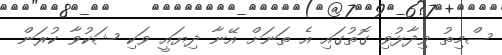
ސްމިތު ވިދާޅުވި ގޮތުގައި އެ ތަނަށް އޭނާ ދިޔައީ ވަކި ޝަކުވާ ކުރަން